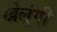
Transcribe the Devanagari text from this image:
खेलूंगी